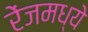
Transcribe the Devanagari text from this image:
रेंजमध्ये